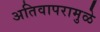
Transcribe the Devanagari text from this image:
अतिवापरामुळे